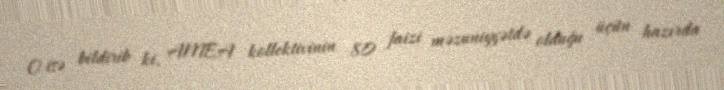
O isə bildirib ki, AMEA kollektivinin 80 faizi məzuniyyətdə olduğu üçün hazırda